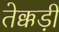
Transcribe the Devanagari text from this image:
तेक्कड़ी